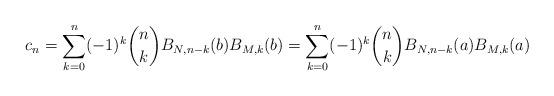
LaTeX: \begin{align*} c_n=\sum_{k=0}^n (-1)^k \binom{n}{k} B_{N,n-k}(b)B_{M,k}(b) = \sum_{k=0}^n (-1)^k \binom{n}{k} B_{N,n-k}(a)B_{M,k}(a) \end{align*}